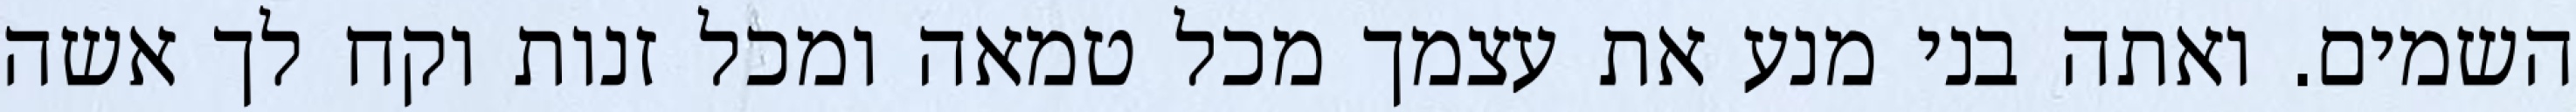
השמים. ואתה בני מנע את עצמך מכל טמאה ומכל זנות וקח לך אשה